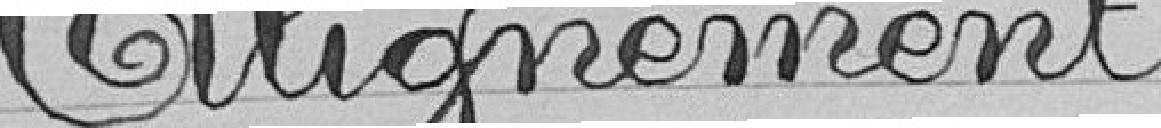
Alignement